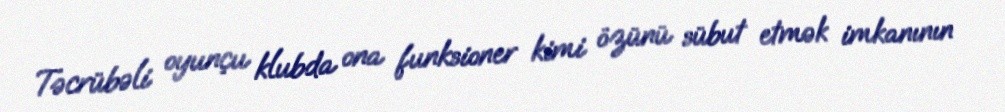
Təcrübəli oyunçu klubda ona funksioner kimi özünü sübut etmək imkanının